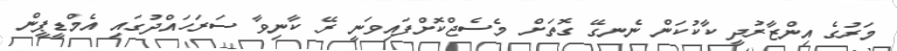
މަރުގެ އިންޒާރުދީ ކާކުކަން ނެނގޭ ގޮތަށް މެސެޖްކޮށްފައިވަނީ ރޭ ކާނިވާ ސަރަހައްދުގައި އެމްޑީޕީން